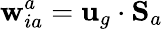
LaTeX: \mathbf{w}_{ia}^{a}={\mathbf{u}}_{g}\cdot{\mathbf{S}}_{a}